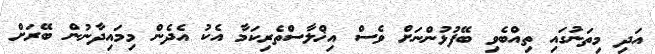
އަދި މިތަނުގައި ތިއްބެވި ބޭފުޅުންނަށް ވެސް އިޚްލާސްތެރިކަމާ އެކު އެދެން މިމައިދާނުން ބޭރަށް